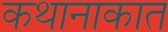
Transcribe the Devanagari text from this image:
कथानाकात